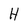
Character: H